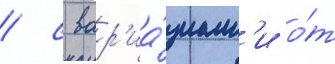
/ с вар'иа́циам'и о́т